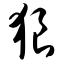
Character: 狼